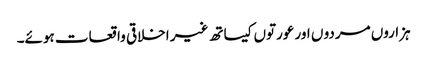
ہزاروں مردو ں اور عورتوں کیساتھ غیر اخلاقی واقعات ہوئے۔